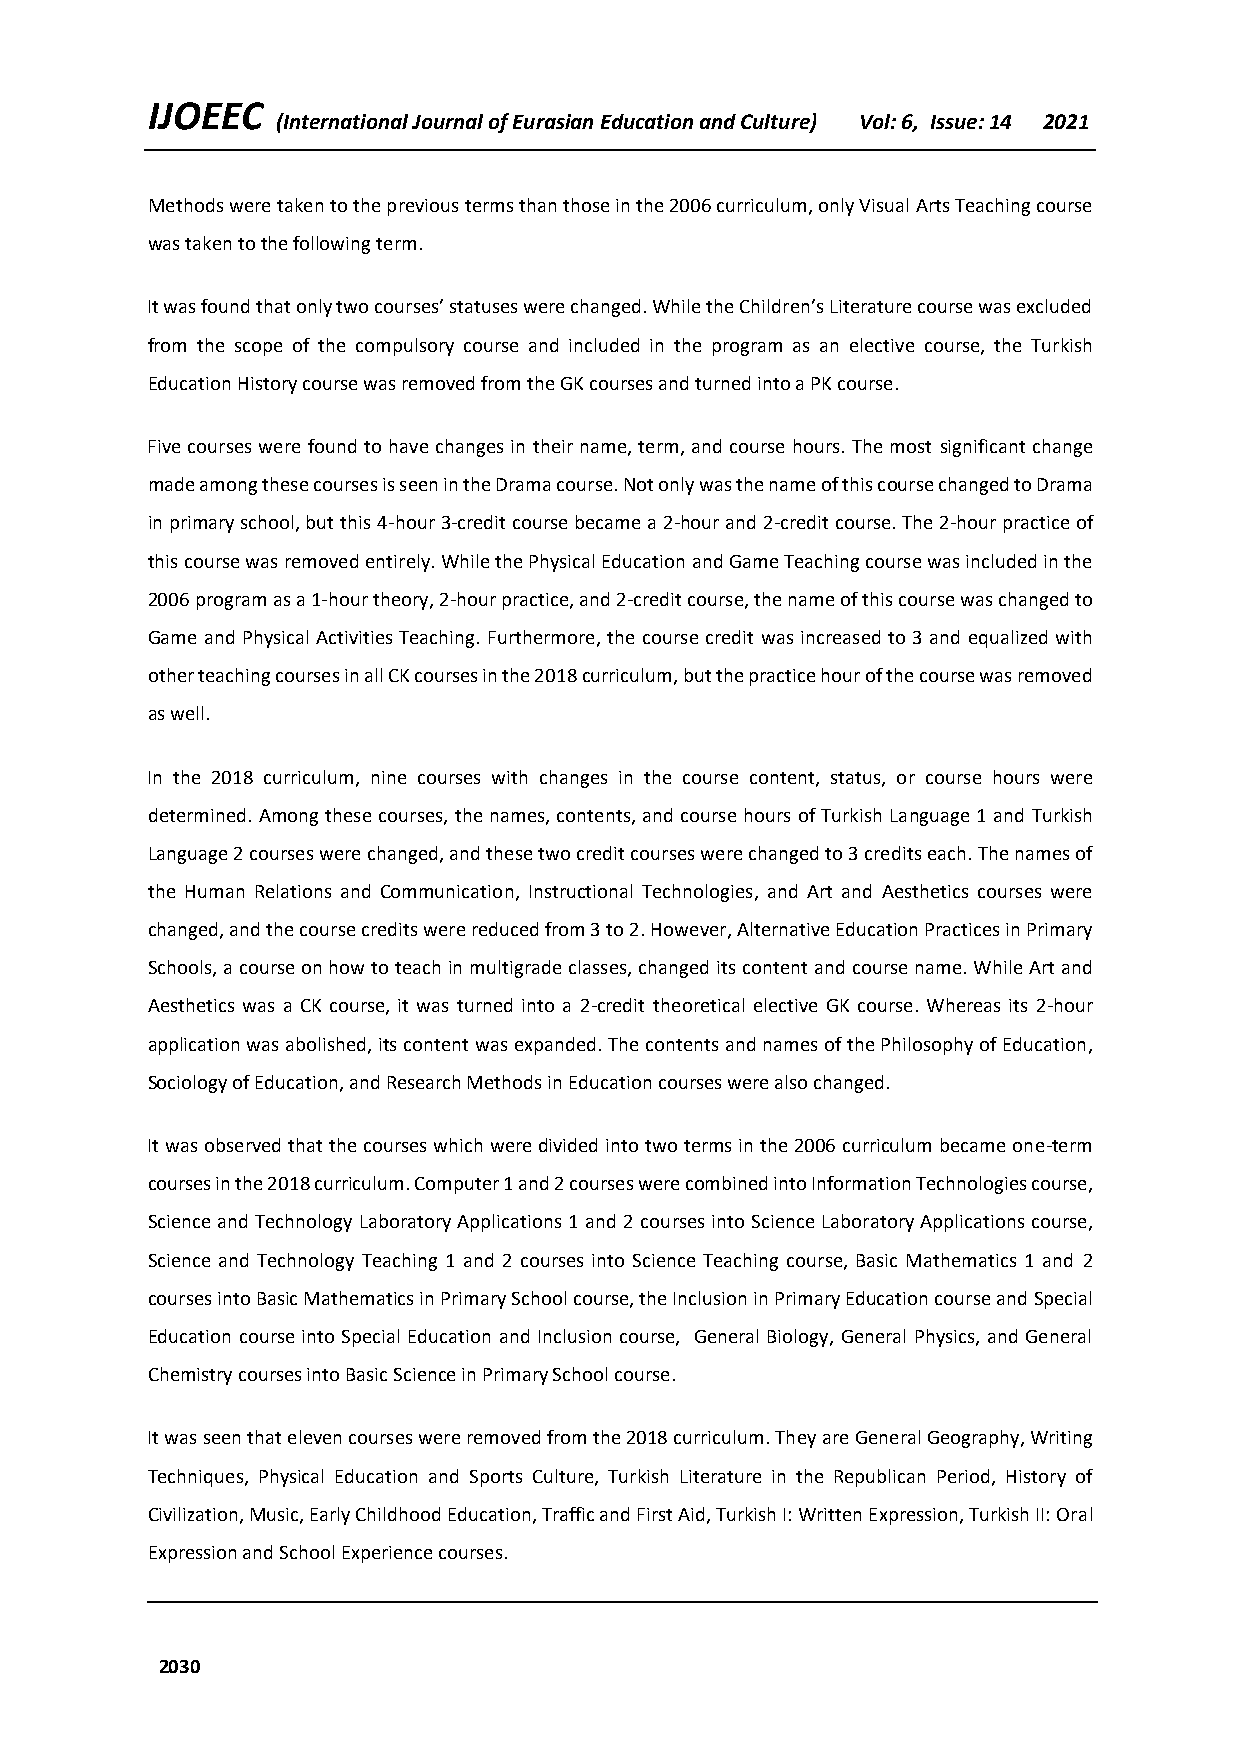
IJOEEC
 (International Journal of Eurasian Education and Culture) Vol: 6, Issue: 14 2021
 Methods were taken to the previous terms than those in the 2006 curriculum, only Visual Arts Teaching course
 was taken to the following term.
 It was found that only two courses’ statuses were changed. While the Children’s Literature course was excluded
 from the scope of the compulsory course and included in the program as an elective course, the Turkish
 Education History course was removed from the GK courses and turned into a PK course.
 Five courses were found to have changes in their name, term, and course hours. The most significant change
 made among these courses is seen in the Drama course. Not only was the name of this course changed to Drama
 in primary school, but this 4-hour 3-credit course became a 2-hour and 2-credit course. The 2-hour practice of
 this course was removed entirely. While the Physical Education and Game Teaching course was included in the
 2006 program as a 1-hour theory, 2-hour practice, and 2-credit course, the name of this course was changed to
 Game and Physical Activities Teaching. Furthermore, the course credit was increased to 3 and equalized with
 other teaching courses in all CK courses in the 2018 curriculum, but the practice hour of the course was removed
 as well.
 In the 2018 curriculum, nine courses with changes in the course content, status, or course hours were
 determined. Among these courses, the names, contents, and course hours of Turkish Language 1 and Turkish
 Language 2 courses were changed, and these two credit courses were changed to 3 credits each. The names of
 the Human Relations and Communication, Instructional Technologies, and Art and Aesthetics courses were
 changed, and the course credits were reduced from 3 to 2. However, Alternative Education Practices in Primary
 Schools, a course on how to teach in multigrade classes, changed its content and course name. While Art and
 Aesthetics was a CK course, it was turned into a 2-credit theoretical elective GK course. Whereas its 2-hour
 application was abolished, its content was expanded. The contents and names of the Philosophy of Education,
 Sociology of Education, and Research Methods in Education courses were also changed.
 It was observed that the courses which were divided into two terms in the 2006 curriculum became one-term
 courses in the 2018 curriculum. Computer 1 and 2 courses were combined into Information Technologies course,
 Science and Technology Laboratory Applications 1 and 2 courses into Science Laboratory Applications course,
 Science and Technology Teaching 1 and 2 courses into Science Teaching course, Basic Mathematics 1 and 2
 courses into Basic Mathematics in Primary School course, the Inclusion in Primary Education course and Special
 Education course into Special Education and Inclusion course, General Biology, General Physics, and General
 Chemistry courses into Basic Science in Primary School course.
 It was seen that eleven courses were removed from the 2018 curriculum. They are General Geography, Writing
 Techniques, Physical Education and Sports Culture, Turkish Literature in the Republican Period, History of
 Civilization, Music, Early Childhood Education, Traffic and First Aid, Turkish I: Written Expression, Turkish II: Oral
 Expression and School Experience courses.
 2030